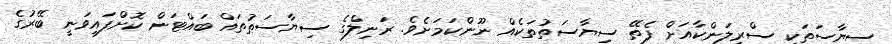
ސިޔާސަތަކީ ސްރީލަންކާއަށް ފެތޭ ސިޔާސަތުތަކެއް ނޫންކަމަށެވެ. ރަނިލްގެ ސިޔާސަތުތައް ބައްޓަން ކޮށްފައިވަނީ ބޭރުގެ